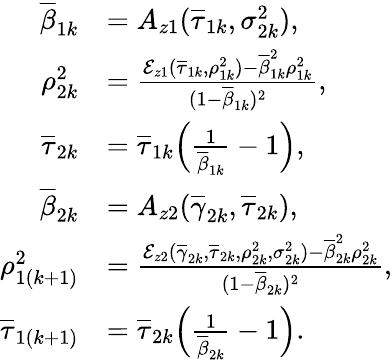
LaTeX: \begin{array}{rl}{\overline{{\beta}}_{1k}}&{=A_{z1}(\overline{{\tau}}_{1k},\sigma_{2k}^{2}),}\\ {\rho_{2k}^{2}}&{=\frac{\mathcal{E}_{z1}(\overline{{\tau}}_{1k},\rho_{1k}^{2})-\overline{{\beta}}_{1k}^{2}\rho_{1k}^{2}}{(1-\overline{{\beta}}_{1k})^{2}},}\\ {\overline{{\tau}}_{2k}}&{=\overline{{\tau}}_{1k}\Big(\frac{1}{\overline{{\beta}}_{1k}}-1\Big),}\\ {\overline{{\beta}}_{2k}}&{=A_{z2}(\overline{{\gamma}}_{2k},\overline{{\tau}}_{2k}),}\\ {\rho_{1(k+1)}^{2}}&{=\frac{\mathcal{E}_{z2}(\overline{{\gamma}}_{2k},\overline{{\tau}}_{2k},\rho_{2k}^{2},\sigma_{2k}^{2})-\overline{{\beta}}_{2k}^{2}\rho_{2k}^{2}}{(1-\overline{{\beta}}_{2k})^{2}},}\\ {\overline{{\tau}}_{1(k+1)}}&{=\overline{{\tau}}_{2k}\Big(\frac{1}{\overline{{\beta}}_{2k}}-1\Big).}\end{array}